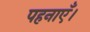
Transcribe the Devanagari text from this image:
पहनाएँ।